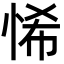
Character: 悕